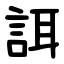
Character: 誀